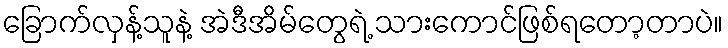
ခြောက်လှန့်သူနဲ့ အဲဒီအိမ်တွေရဲ့ သားကောင်ဖြစ်ရတော့တာပဲ။